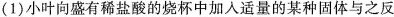
(1)小叶向盛有稀盐酸的烧杯中加入适量的某种固体与之反